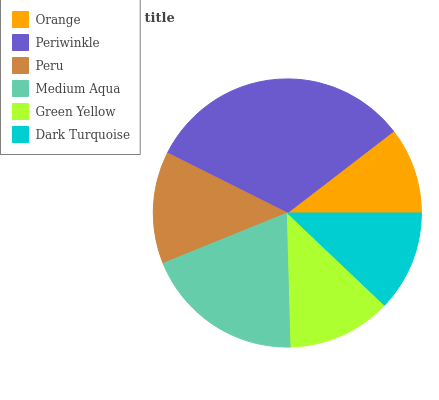
| Orange | Periwinkle | Peru | Medium Aqua | Green Yellow | Dark Turquoise |
 | --- | --- | --- | --- | --- | --- |
 | 10.4% | 32.2% | 13.5% | 19.3% | 12.5% | 12.1% |